Lunatic asylums in Bengal annual reports 1888-1898 - 1888-1898
Year: 1888
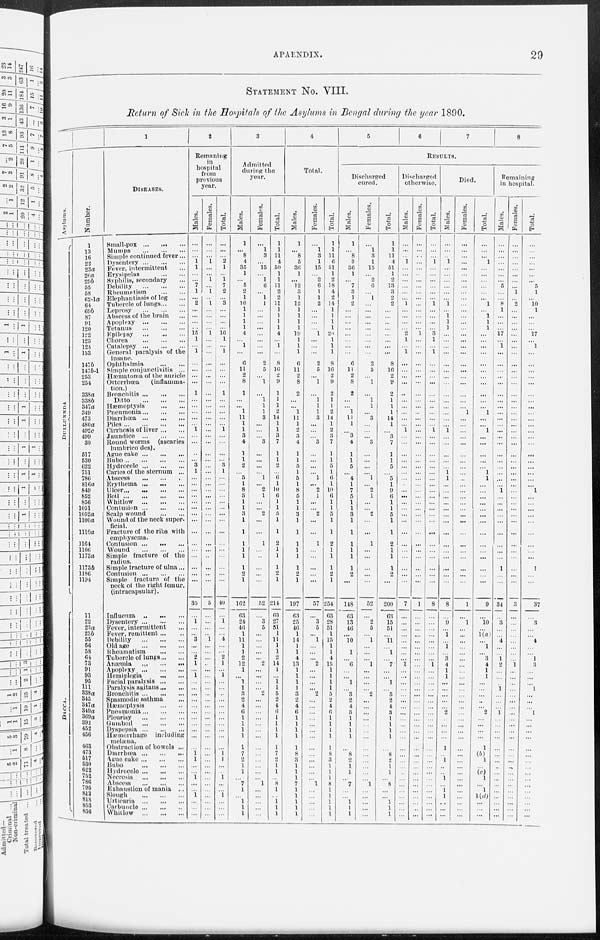
APAENDIX.
29
STATEMENT No. VIII.
Return of Sick in the Hospitals of the Asylums in Bengal during the year 1890.
Asylums.
DULLUNNDA
DACCA.
Number.
1
13
16
22
23a
26a
29b
55
58
62-1a
64
69b
87
91
120
122
123
125
133
147b
147b-1
253
254
338a
338b
347a
349
473
480a
492c
499
30
517
530
622
751
786
816a
849
852
856
1051
1052a
1100a
1110a
1164
1166
1173a
1173b
1186
1194
11
22
23a
23b
55
56
58
64
73
91
93
95
111
338a
345
347a
349a
369a
392
452
456
463
473
517
530
622
752
786
795
813
818
853
856
1
DISEASES.
Small-pox
... ... ...
Mumps
...
...
...
Simple continued fever ...
Dysentery
...
...
...
Fever, intermittent ...
Erysipelas
...
...
Syphilis, secondary ...
Debility
...
...
...
Rheumatism
...
...
Elephantiasis of leg ...
Tubercle of lungs ... ...
Leprosy
...
...
...
Abscess of the brain ...
Apoplexy
...
...
...
Tetanus
...
...
...
Epilepsy
...
...
...
Chorea
...
...
...
Catalepsy
...
...
...
General paralysis of the
insane.
Ophthalmia
...
...
Simple conjunctivitis ...
Hæmatoma of the auricle
Ottorrhœa
(inflamma-
tion.)
Bronchitis
...
...
...
Ditto
...
...
...
Hæmoptysis
...
...
Pneumonia ... ... ...
Diarrhœa
...
...
...
Piles
...
...
...
...
Cirrhosis of liver ... ...
Jaundice
...
...
...
Round worms (ascaries
lumbrico des).
Ague cake
...
...
...
Bubo
...
...
...
...
Hydrocele
...
...
...
Caries of the sternum ...
Abscess
...
...
...
Erythema ...
...
...
Ulcer ... ... ... ...
Boil
...
...
...
...
Whitlow
...
...
...
Contusion ... ... ...
Scalp wound
...
...
Wound of the neck super-
ficial.
Fracture of the ribs with
emphysema.
Contusion
...
...
...
Wound
...
...
...
Simple fracture of the
radius.
Simple fracture of ulna ...
Contusion
...
...
...
Simple fracture of the
neck of the right femur.
(intracapsular).
Influenza
...
...
...
Dysentery
...
...
...
Fever, intermittent ...
Fever, remittent ... ...
Debility
...
...
...
Old age
...
...
...
Rheumatism
...
...
Tubercle of lungs ... ...
Anæmia
...
...
...
Apoplexy
...
...
...
Hemiplegia
...
...
Facial paralysis ... ...
Paralysis agitans ... ...
Bronchitis ... ... ...
Spasmodic asthma ...
Hæmoptysis
...
...
Pneumonia ... ... ...
Pleurisy
...
...
...
Gumboil
...
...
...
Dyspepsia
...
...
...
Hæmorrhage including
melæna.
Obstruction of bowels ...
Diarrhœa
...
...
...
Ague cake ... ... ...
Bubo
...
...
...
Hydrocele ... ... ...
Necrosis
...
...
...
Abscess
...
...
...
Exhaustion of mania ...
Slough
...
...
...
Urticaria
...
...
...
Carbuncle ... ... ...
Whitlow
...
...
...
2
Remaining
in
hospital
from
previous
year.
Males.
...
...
...
1
1
...
...
7
1
...
2
...
...
...
...
15
1
...
1
...
...
...
...
1
...
...
...
...
...
1
...
...
...
...
3
1
...
...
...
...
...
...
...
...
...
...
...
...
...
...
...
35
...
1
...
...
3
...
...
2
1
...
1
...
...
...
...
...
...
...
...
...
...
...
1
1
...
...
1
...
...
1
...
...
...
Females.
...
...
...
1
...
...
1
...
1
...
1
...
...
...
...
1
...
...
...
...
...
...
...
...
...
...
...
...
...
...
...
...
...
...
...
...
...
...
...
...
...
...
...
...
...
...
...
...
...
...
...
5
...
...
...
...
1
...
...
...
..
...
...
...
...
...
...
...
...
...
...
...
...
...
...
...
...
...
...
...
...
...
...
...
...
Total.
...
...
...
2
1
...
1
7
2
...
3
...
...
...
...
16
1
...
1
...
...
...
...
1
...
...
...
...
...
1
...
...
...
...
3
1
...
...
...
...
...
...
...
...
...
...
...
...
...
...
...
40
...
1
...
...
4
...
...
2
1
...
1
...
...
...
...
...
...
...
...
...
...
...
1
1
...
...
1
...
...
1
...
...
...
3
Admitted
during the
year.
Males.
1
...
8
4
35
1
...
5
2
1
10
1
1
1
1
4
...
1
...
6
11
2
8
1
...
...
1
11
1
1
3
4
1
1
2
...
5
1
8
5
1
1
3
1
1
1
1
1
1
2
1
162
63
24
46
1
11
1
1
2
12
1
...
1
1
3
2
4
6
1
1
1
1
1
7
2
1
1
...
7
1
...
1
1
1
Females.
...
1
3
...
15
...
1
6
...
1
1
...
...
...
...
...
...
...
...
2
5
...
1
...
1
1
1
3
...
...
...
3
...
...
...
...
1
...
2
1
...
...
2
...
...
1
...
...
...
...
...
52
...
3
5
...
...
...
...
...
2
...
...
...
...
2
...
...
...
...
...
...
...
...
...
...
...
...
...
1
...
...
...
...
...
Total.
1
1
11
4
50
1
1
11
2
2
11
1
1
1
1
4
...
1
...
8
16
2
9
1
1
1
2
14
1
1
3
7
1
1
2
...
6
1
10
6
1
1
5
1
1
2
1
1
1
2
1
214
63
27
51
1
11
1
1
2
14
1
...
1
1
5
2
4
6
1
1
1
1
1
7
2
1
1
...
8
1
...
1
1
1
4
Total.
Males.
1
...
8
5
36
1
...
12
3
1
12
1
1
1
1 19
1
1
1
6
11
2
8
2
...
...
1
11
1
2
3
4
1
1
5
1
5
1
8
5
1
1
3
1
1
1
1
1
1
2
1
197
63
25
46
1
14
1
1
4
13
1
1
1
1
3
2
4
6
1
1
1
1
1
8
3
1
1
1
7
1
1
1
1
1
Females.
...
1
3
1
15
...
2
6
1
1
2
...
...
...
...
1
...
...
...
2
5
...
1
...
1
1
1
3
...
...
...
3
...
...
...
...
1
...
2
1
...
...
2
...
...
1
...
...
...
...
...
57
...
3
5
...
1
...
...
...
2
...
...
...
...
2
...
...
...
...
...
...
...
...
...
...
...
...
...
1
...
...
...
...
...
Total.
1
1
11
6
51
1
2
18
4
2
14
1
1
1
1
20
1
1
1
8
16
2
9
2
1
1
2
14
1
2
3
7
1
1
5
1
6
1
10
6
1
1
5
1
1
2
1
1
1
2
1
254
63
28
51
1
15
1
1
4
15
1
1
1
1
5
2
4
6
1
1
1
1
1
8
3
1
1
1
8
1
1
1
1
1
5
6
7
8
RESULTS.
Discharged
cured.
Males.
1
...
8
3
36
1
...
7
3
1
2
...
...
...
...
...
...
...
...
6
11
2
8
2
...
...
1
11
1
...
3
4
1
1
5
...
4
1
7
5
1
1
3
1
1
1
1
1
1
2
...
148
63
13
46
...
10
...
1
...
6
...
...
1
...
3 2
4
3
1
1
1
1
...
8
2
1
1
...
7
...
...
1
1
1
Females.
...
1
3
1
15
...
2
6
...
1
...
...
...
...
...
...
...
...
...
2
5
...
1
...
1
1
...
3
...
...
...
3
...
...
...
...
1
...
2
1
...
...
2
...
...
1
...
...
...
...
...
52
...
2
5
...
1
...
...
...
1
...
...
...
...
2
...
...
...
...
...
...
...
...
...
...
...
...
...
1
...
...
...
...
...
Total.
1
1
11
4
51
1
2
13
3
2
2
...
...
...
...
...
...
...
...
8
16
2
9
2
1
1
1
14
1
...
3
7
1
1
5
...
5
1
9
6
1
1
5
1
1
2
1
1
1
2
...
200
63
15
51
...
11
...
1
...
7
...
...
1
...
5
2
4
3
1
1
1
1
...
8
2
1
1
...
8
...
...
1
1
1
Discharged
otherwise.
Males.
...
...
...
1
...
...
...
...
...
...
1
...
...
...
...
2
1
...
1
...
...
...
...
...
...
...
...
...
...
1
...
...
...
...
...
...
...
...
...
...
...
...
...
...
...
...
...
...
...
...
...
7
...
...
...
...
...
...
...
...
1
...
...
...
...
...
...
...
...
...
...
...
...
...
...
...
...
...
...
...
...
...
...
...
...
Females.
...
...
...
...
...
...
...
...
...
...
...
...
...
...
...
1
...
...
...
...
...
...
...
...
...
...
...
...
...
...
...
...
...
...
...
...
...
...
...
...
...
...
...
...
...
...
...
...
...
...
...
1
...
...
...
...
...
...
...
...
...
...
...
...
...
...
...
...
...
...
...
...
...
...
...
...
...
...
...
...
...
...
...
...
...
Total.
...
...
...
1
...
...
...
...
...
...
1
...
...
...
...
3
1
...
1
...
...
...
...
...
...
...
...
...
...
1
...
...
...
...
...
...
...
...
...
...
...
...
...
...
...
...
...
...
...
...
...
8
...
...
...
...
...
...
...
...
1
...
...
...
...
...
...
...
...
...
...
...
...
...
...
...
...
...
...
...
...
...
...
...
...
Died.
Males.
...
...
...
1
...
...
...
...
...
...
1
...
1
1
1
...
...
...
...
...
...
...
...
...
...
...
...
...
...
1
...
...
...
...
...
1
1
...
...
...
...
...
...
...
...
...
...
...
...
...
...
8
...
9
...
1
...
1
...
3
4
1
1
...
...
...
...
...
2
...
...
...
...
1
...
1
...
...
1
...
1
1
...
...
...
Females.
...
...
...
...
...
...
...
...
...
...
...
...
...
...
...
...
...
...
...
...
...
...
...
...
...
...
1
...
...
...
...
...
...
...
...
...
...
...
...
...
...
...
...
...
...
...
...
...
...
...
...
1
...
1
...
...
...
...
...
...
...
...
...
...
...
...
...
...
...
...
...
...
...
...
...
...
...
...
...
...
...
...
...
...
...
Total.
...
...
...
1
...
...
...
...
...
...
1
...
1
1
1
...
...
...
...
...
...
...
...
...
...
...
1
...
...
1
...
...
...
...
...
1
1
...
...
...
...
...
...
....
...
...
...
...
...
...
...
9
...
10 ...
1(a)
...
1
...
3
4
1
1
...
...
...
...
...
2
...
...
...
...
1
(b)
1
...
(c)
1
...
1
1(d)
...
...
...
Remaining
in hospital.
Males.
...
...
...
...
...
...
...
5
...
...
8
1
...
...
...
17
...
1
...
...
...
...
...
...
...
...
...
...
...
...
...
...
...
...
...
...
...
...
1
...
...
...
...
...
...
...
...
...
1
...
...
34
...
3
...
...
4
...
...
1 2
...
...
...
1
...
...
...
1
...
...
...
...
...
...
...
...
...
...
...
...
...
...
...
...
Females.
...
...
...
...
...
...
...
...
1
...
2
...
...
...
...
...
...
...
...
...
...
...
...
...
...
...
...
...
...
...
...
...
...
...
...
...
...
...
...
...
...
...
...
...
...
...
...
...
...
...
...
3
...
...
...
...
...
...
...
...
1
...
...
...
...
...
...
...
...
...
...
...
...
...
...
...
...
...
...
...
...
...
...
...
...
Total.
...
...
...
...
...
...
...
5
1
...
10
1
...
...
...
17
...
1
...
...
...
...
...
...
...
...
...
...
...
...
...
...
...
...
...
...
...
...
1
...
...
...
...
...
...
...
...
...
1
...
...
37
...
3
...
...
4
...
...
1
3
...
...
...
1
...
...
...
1
...
...
...
...
...
...
...
...
...
...
...
...
...
...
...
...